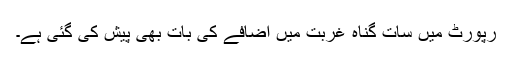
رپورٹ میں سات گناہ غربت میں اضافے کی بات بھی پیش کی گئی ہے۔